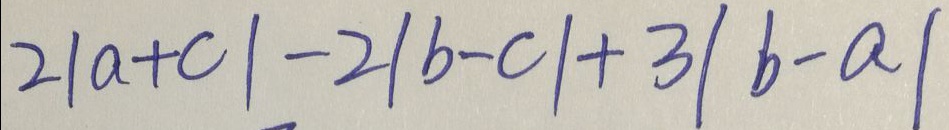
2 \vert a + c \vert - 2 \vert b - c \vert + 3 \vert b - a \vert